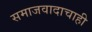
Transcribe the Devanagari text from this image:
समाजवादाचाही